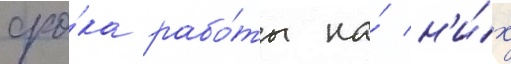
сро́ка рабо́ты на́ н'и́х